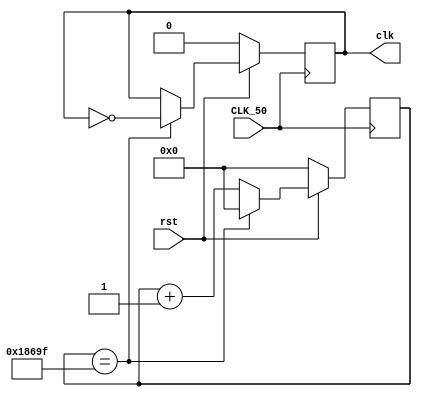
module clk_view(
					//input CLK_24,
					input rst,
					input CLK_50,
					output reg clk
					//output clk_50
					
					);
					reg [16:0] cnt;
					//assign clk_50 = CLK_50;
					
					
					always@(posedge CLK_50)
								if (~rst) begin
											 cnt <= 0;
											 clk <= 0;
											 end
									else if (cnt == 17'd99999) begin
												cnt <= 0;
												clk <= ~clk;
												end
												else cnt <= cnt + 1'b1;
endmodule